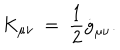
LaTeX: K _ { \mu \nu } ~ = ~ \frac { 1 } { 2 } \dot { g } _ { \mu \nu } .